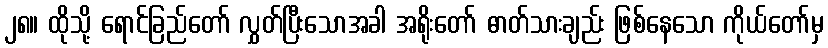
၂၈။ ထိုသို့ ရောင်ခြည်တော် လွှတ်ပြီးသောအခါ အရိုးတော် ဓာတ်သားချည်း ဖြစ်နေသော ကိုယ်တော်မှ